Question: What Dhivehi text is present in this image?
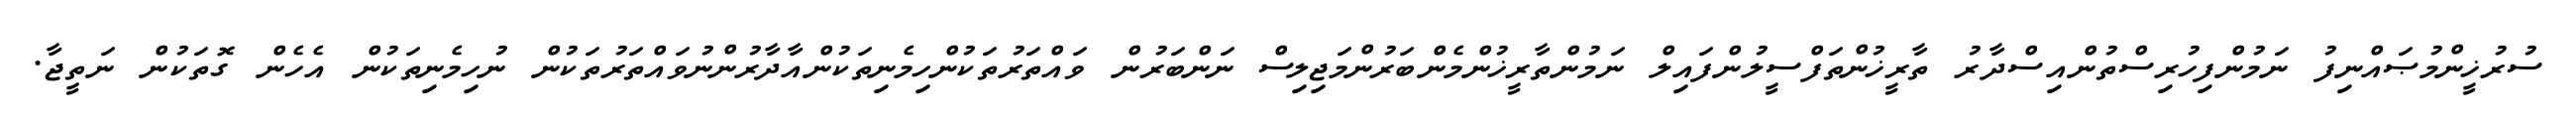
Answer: ސުރުޚީންމުޞައްނިފު ނަމުންފިހުރިސްތުންއިސްދާރު ތާރީޚުންތަފްސީލުންފައިލް ނަމުންތާރީޚުންމެންބަރުންމަޖިލިސް ނަންބަރުން ވައްތަރުތަކުންހިމެނިތަކުންއާދާރުންނުވައްތަރުތަކުން ނުހިމެނިތަކުން އެހެން ގޮތަކުން ނަތީޖާ.